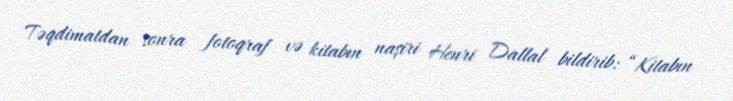
Təqdimatdan sonra fotoqraf və kitabın naşiri Henri Dallal bildirib: “Kitabın